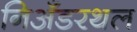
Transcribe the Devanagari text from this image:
निअँडरथल